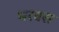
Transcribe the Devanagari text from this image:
भरवस